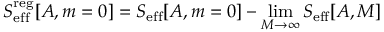
S _ { \mathrm { e f f } } ^ { \mathrm { r e g } } [ A , m = 0 ] = S _ { \mathrm { e f f } } [ A , m = 0 ] - \operatorname * { l i m } _ { M \to \infty } S _ { \mathrm { e f f } } [ A , M ]